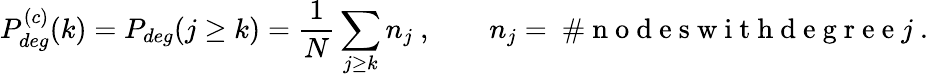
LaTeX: P_{deg}^{(c)}(k)=P_{deg}(j\ge k)=\frac{1}{N}\sum_{j\ge k}n_{j}\ ,\qquad n_{j}=\mathrm{~\# ~n~o~d~e~s~w~i~t~h~d~e~g~r~e~e~}j\ .